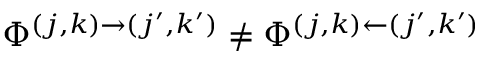
\Phi ^ { ( j , k ) \rightarrow ( j ^ { \prime } , k ^ { \prime } ) } \neq \Phi ^ { ( j , k ) \leftarrow ( j ^ { \prime } , k ^ { \prime } ) }